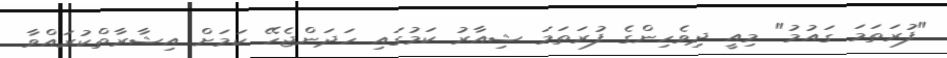
"ފުރަތަމަ ގައުމު" މިއީ ދިވެހިންގެ ފުރަތަމަ ޝިއާރު ކަމުގައި ހަދަންޖެހޭ ކަމަށް އިޝާރާތްކުރައްވާ